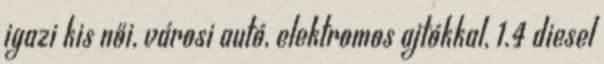
igazi kis női, városi autó, elektromos ajtókkal, 1.4 diesel